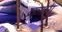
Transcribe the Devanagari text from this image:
क्राग